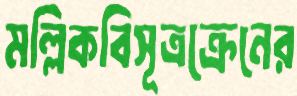
মল্লিকবিসূত্রক্রেনের